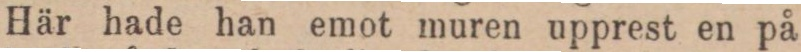
Här hade han emot muren upprest en på